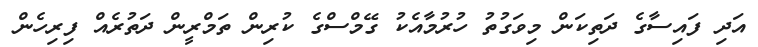
އަދި ފައިސާގެ ދަތިކަން މިވަގުތު ހުރުމާއެކު ގޭމްސްގެ ކުރިން ތަމްރީން ދަތުރެއް ފިރިހެން